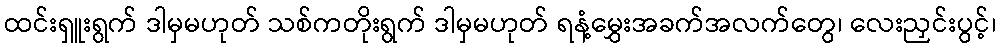
ထင်းရှူးရွက် ဒါမှမဟုတ် သစ်ကတိုးရွက် ဒါမှမဟုတ် ရနံ့မွှေးအခက်အလက်တွေ၊ လေးညှင်းပွင့်၊